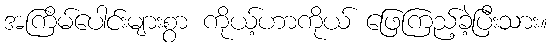
အကြိမ်ပေါင်းများစွာ ကိုယ့်ဟာကိုယ် ဖြေကြည့်ခဲ့ပြီးသား။